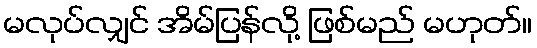
မလုပ်လျှင် အိမ်ပြန်လို့ ဖြစ်မည် မဟုတ်။